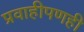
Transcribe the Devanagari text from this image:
प्रवाहीपणही